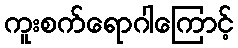
ကူးစက်ရောဂါကြောင့်